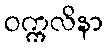
ဝက္ကလိနာ